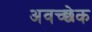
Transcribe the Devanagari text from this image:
अवच्छेक